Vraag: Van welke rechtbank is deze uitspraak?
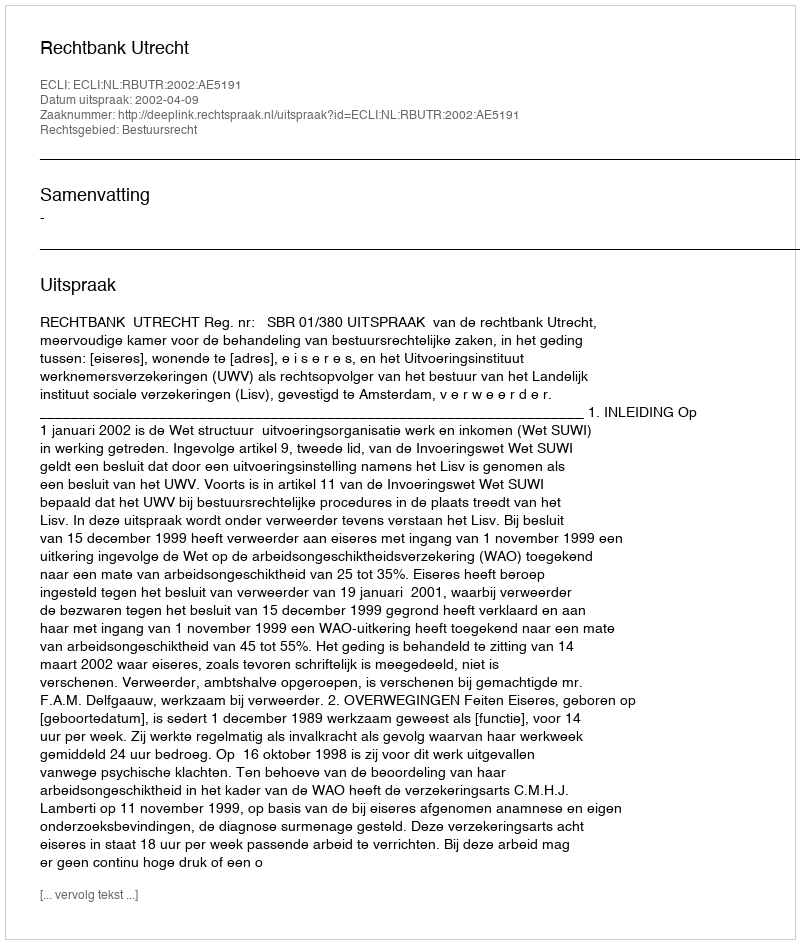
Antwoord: Rechtbank Utrecht